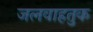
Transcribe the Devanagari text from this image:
जलवाहतुक